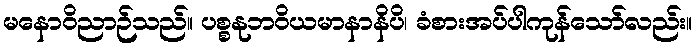
မနောဝိညာဉ်သည်။ ပစ္စနုဘဝိယမာနာနိပိ၊ ခံစားအပ်ပါကုန်သော်လည်း။